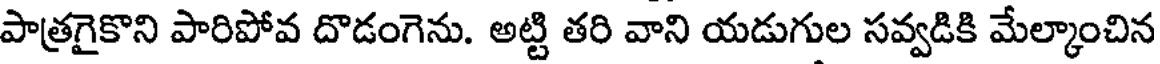
పాత్రగైకొని పారిపోవ దొడంగెను. అట్టి తరి వాని యడుగుల సవ్వడికి మేల్కాంచిన